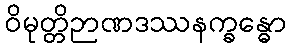
ဝိမုတ္တိဉာဏဒဿနက္ခန္ဓော